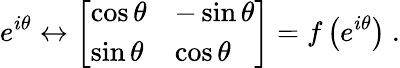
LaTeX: e^{i\theta}\leftrightarrow{\left[\begin{array}{ll}{\cos\theta}&{-\sin\theta}\\ {\sin\theta}&{\cos\theta}\end{array}\right]}=f\left(e^{i\theta}\right)~.